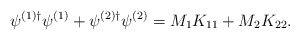
\begin{align*}\psi^{(1)\dag} \psi^{(1)} + \psi^{(2)\dag} \psi^{(2)} = M_1K_{11} + M_2K_{22}.\end{align*}